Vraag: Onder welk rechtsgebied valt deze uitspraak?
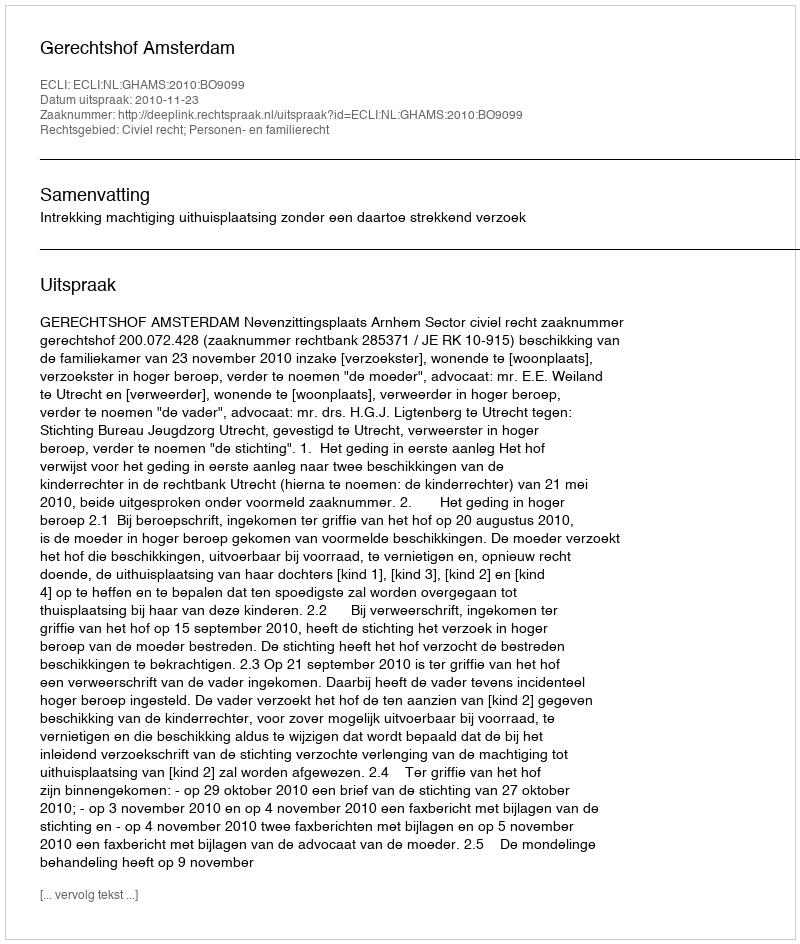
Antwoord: Civiel recht; Personen- en familierecht